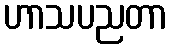
ဟာသပညတာ